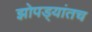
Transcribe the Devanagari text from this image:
झोपड्यांतच